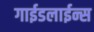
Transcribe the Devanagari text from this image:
गाईडलाईन्स